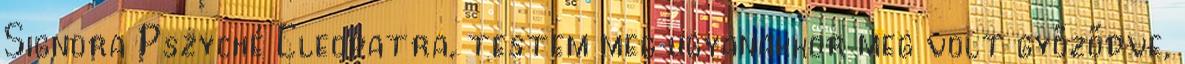
Signora Pszyché Cleopatra, testem meg ugyanakkor meg volt győződve,